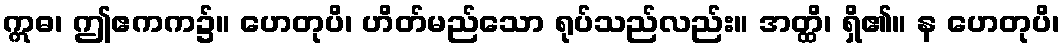
ဣဓ၊ ဤဧကက၌။ ဟေတုပိ၊ ဟိတ်မည်သော ရုပ်သည်လည်း။ အတ္ထိ၊ ရှိ၏။ န ဟေတုပိ၊